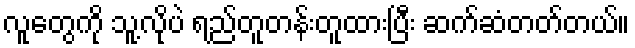
လူတွေကို သူ့လိုပဲ ရည်တူတန်းတူထားပြီး ဆက်ဆံတတ်တယ်။